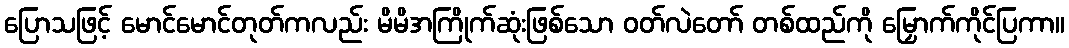
ပြောသဖြင့် မောင်မောင်တုတ်ကလည်း မိမိအကြိုက်ဆုံးဖြစ်သော ဝတ်လဲတော် တစ်ထည်ကို မြှောက်ကိုင်ပြကာ။